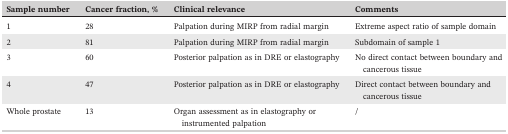
| Sample number | Cancer fraction, % | Clinical relevance | Comments |
 | --- | --- | --- | --- |
 | 1 | 28 | Palpation during MIRP from radial margin | Extreme aspect ratio of sample domain |
 | 2 | 81 | Palpation during MIRP from radial margin | Subdomain of sample 1 |
 | 3 | 60 | Posterior palpation as in DRE or elastography | No direct contact between boundary and cancerous tissue |
 | 4 | 47 | Posterior palpation as in DRE or elastography | Direct contact between boundary and cancerous tissue |
 | Whole prostate | 13 | Organ assessment as in elastography or instrumented palpation | / |